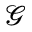
\mathcal { G }